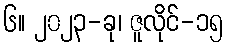
၆။ ၂၀၂၃-ခု၊ ဇူလိုင်-၁၅